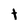
Character: t